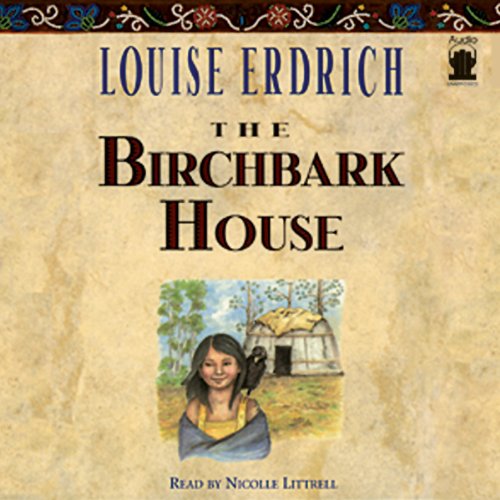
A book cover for The Birchbark House; Louise Erdrich; Literature & Fiction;